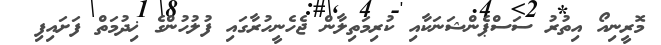
މޮރީނިއޯ އިތުރު ސަސްޕެންޝަނަކާއި ކުރިމަތިލާން ޖެހެނީހުރާގައި ފުލުހުންގެ ޚިދުމަތް ފަށައިފި